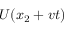
U ( x _ { 2 } + v t )